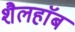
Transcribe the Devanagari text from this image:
शैलहाॅब